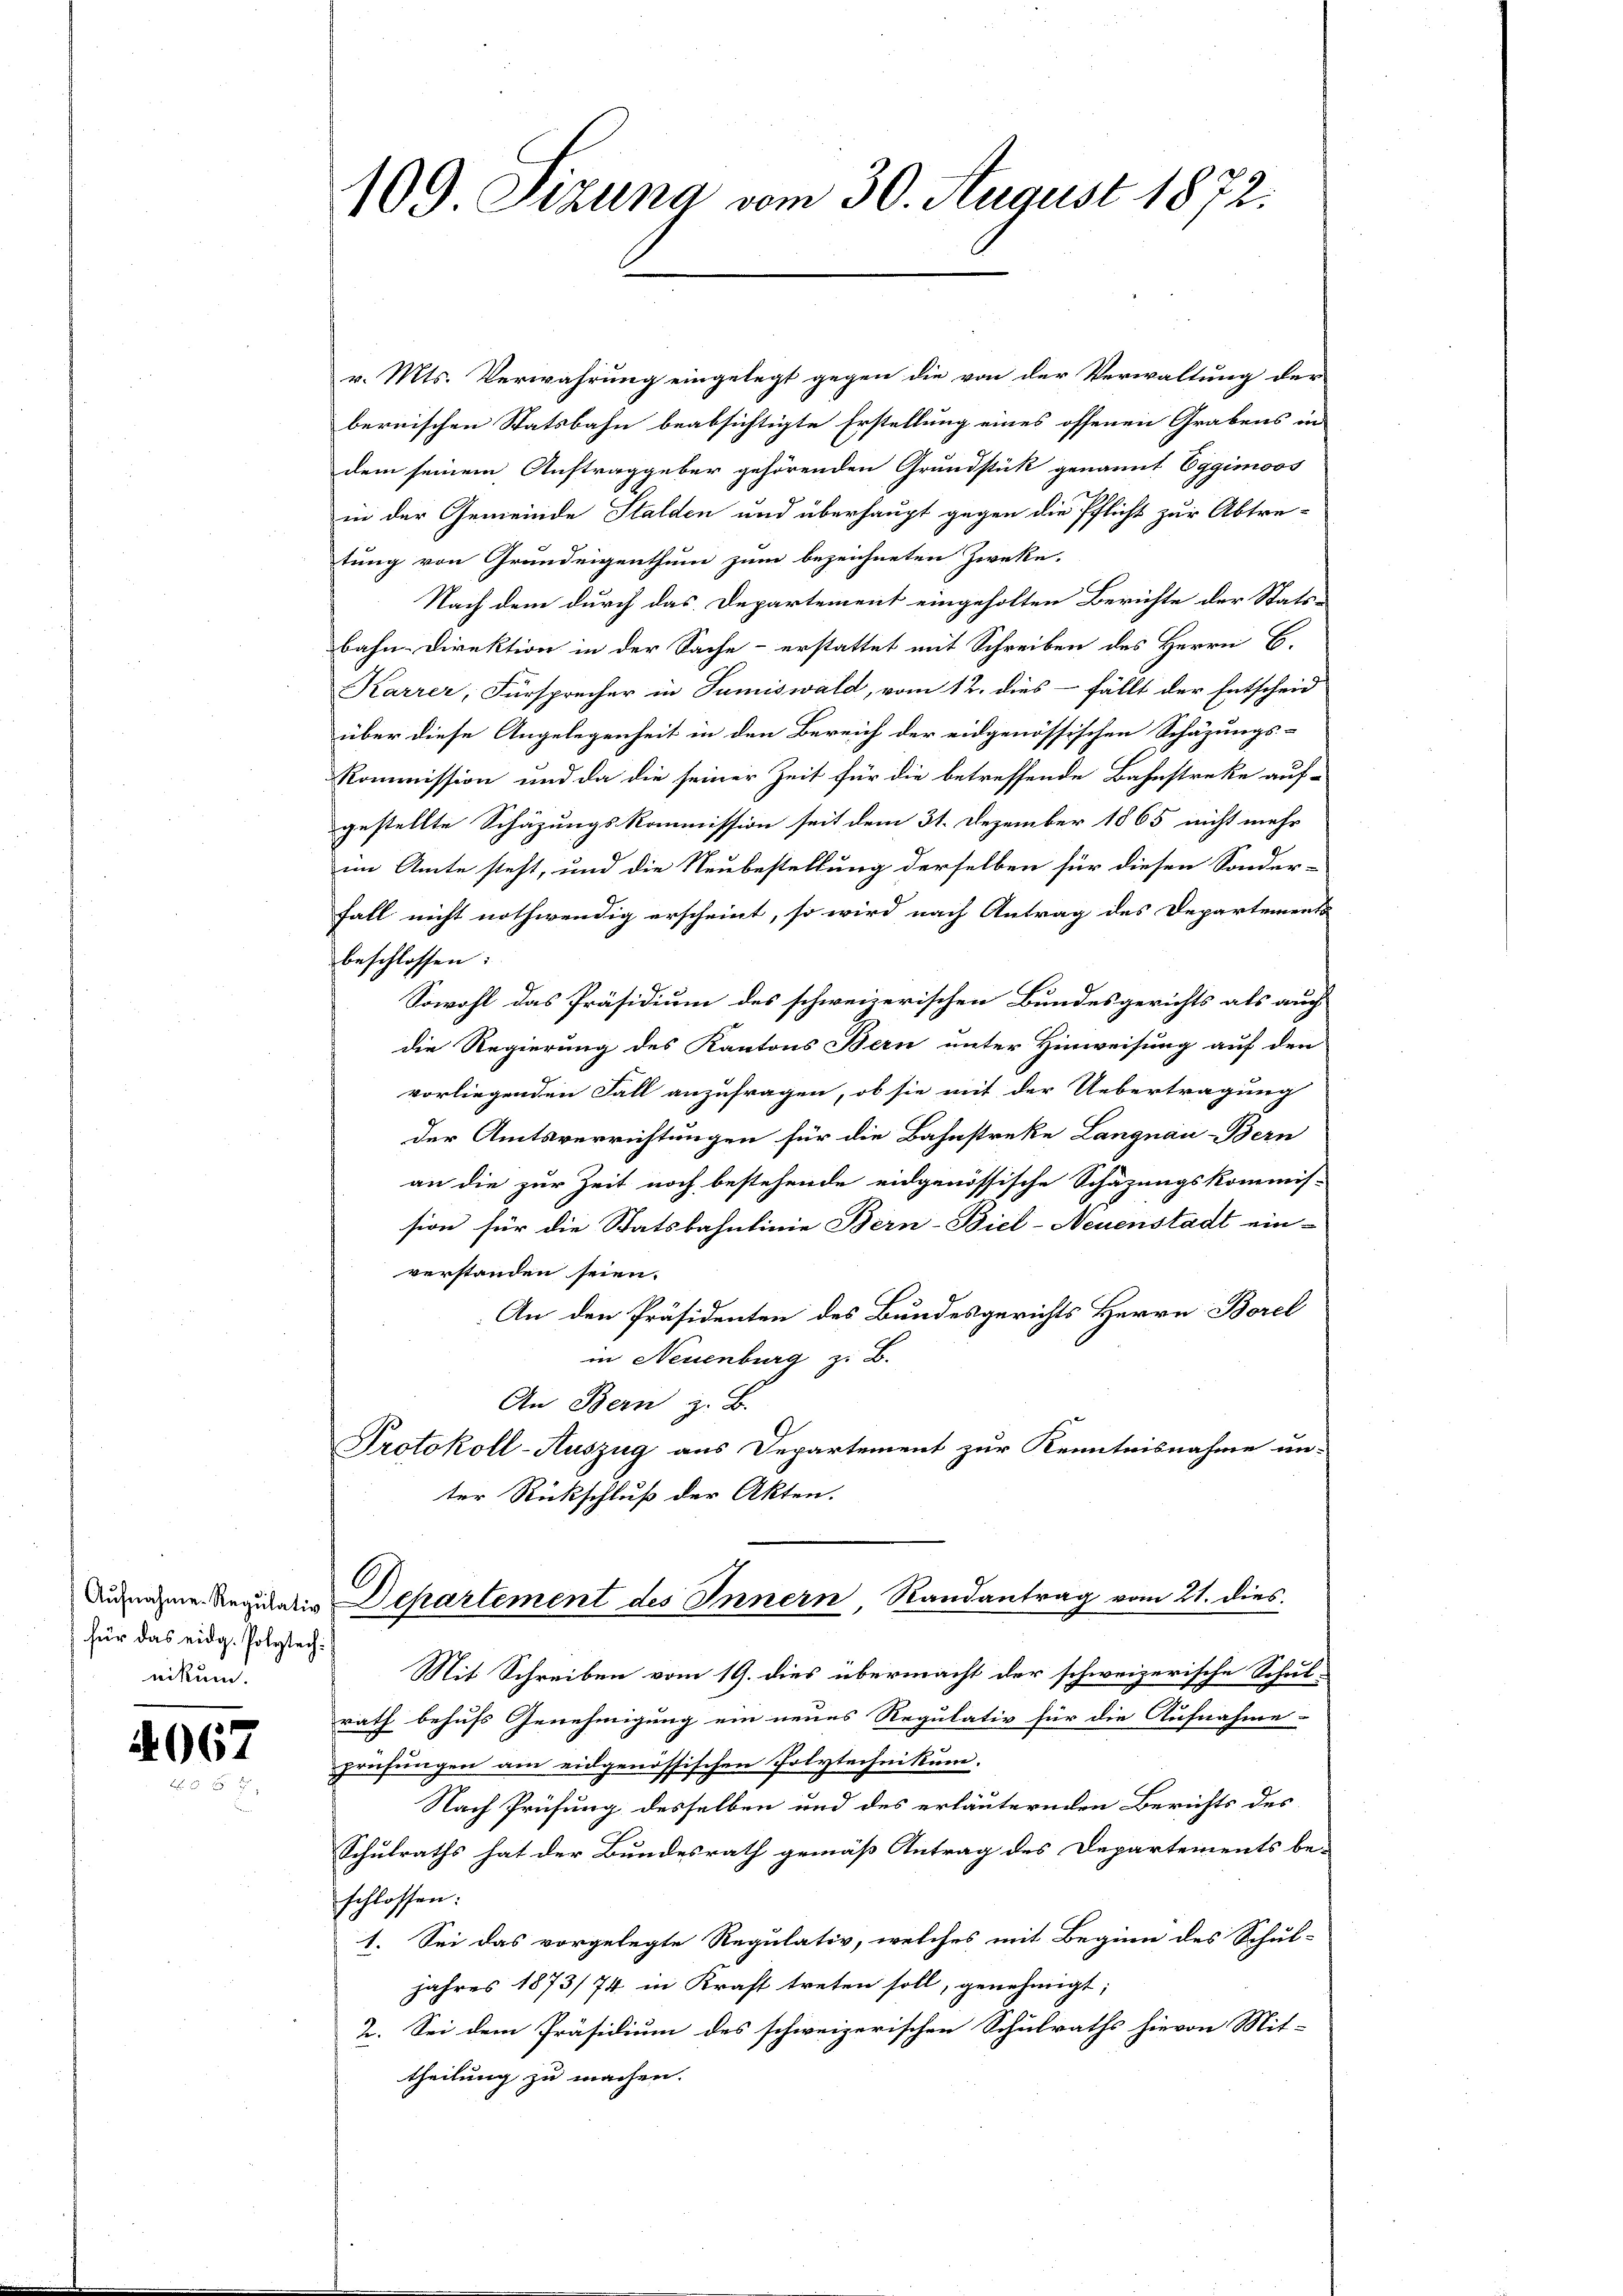
für das eidg. Polytech:
nikum.

4067

v. Mts. Verwahrung eingelegt gegen die von der Verwaltung der
bernischen Statsbahn beabsichtigte Erstellung eines offenen Grabens in
dem seinem Auftraggeber gehörenden Grundstück genannt Eggimoos
in der Gemeinde Stalden und überhaupt gegen die Pflicht zur Abtre-
tung von Grundeigenthum zum bezeichneten Zwecke.
Nach dem durch das Departement eingeholten Berichte der Stats-
bahn-Direktion in der Sache - erstattet mit Schreiben des Herrn B.
Karrer, Fürsprecher in Sumiswald, vom 12. dies - fällt der Entscheid
über diese Angelegenheit in den Bereich der eidgenössischen Schäzungs-
Kommission und da die seiner Zeit für die betreffende Bahnstreke auf-
gestellte Schäzungskommission seit dem 31. Dezember 1865 nicht mehr
im Amte steht, und die Neubestellung derselben für diesen Sonder-
Fall nicht nothwendig erscheint, so wird nach Antrag des Departements
beschlossen:
Sowohl das Präsidium des schweizerischen Bundesgerichts als auch
die Regierung des Kantons Bern unter Hinweisung auf den
vorliegenden Fall anzufragen, ob sie mit der Uebertragung
der Amtsverrichtungen für die Bahnstreke Langnau Bern
an die zur Zeit noch bestehende eidgenössische Schätzungskommis-
sion für die Statsbahnlinie Bern-Biel-Neuenstadt ein-
verstanden seien.
An den Präsidenten des Bundesgerichts Herrn Borel
in Neuenburg z. B.
An Bern z. B.
Protokoll-Auszug aus Departement zur Kenntnisnahme un-
ter Rückschluß der Akten.
Dudenzen Regularis Departement des Innern, Randantrag vom 21. dies
Mit Schreiben vom 19. dies übermacht der schweizerische Schul-
rath behufs Genehmigung ein neues Regulativ für die Aufnahme-
prüfungen am eidgenössischen Polytechnikum.
Nach Prüfung desselben und des erläuternden Berichts des
Schulraths hat der Bundesrath gemäß Antrag des Departements be-
schlossen:
1. Sei das vorgelegte Regulativ, welches mit Beginn des Schul-
jahres 1873/74 in Kraft treten soll, genehmigt;
2. Sei dem Präsidium des schweizerischen Schulraths hievon Mit-
theilung zu machen.

109. Szung vom 30. August 1872.